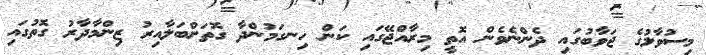
މިސުވާލުގެ ޖަވާބުގައި ދެންނެވެން އޮތީ މިރާއްޖޭގައި ކަން ހިނގަމުންދާ ގޮތަށްބަލާއިރު ޒިންމާދާރު ގޮތުގައި